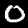
Label: 0